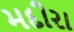
મદીરા